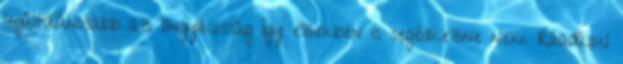
legáltalánosabb az öngyilkosság Így ezekben is segédkezne neki. Ráadásul